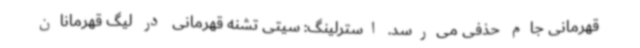
قهرمانی جام حذفی می‌رسد. استرلینگ: سیتی تشنه قهرمانی در لیگ قهرمانان